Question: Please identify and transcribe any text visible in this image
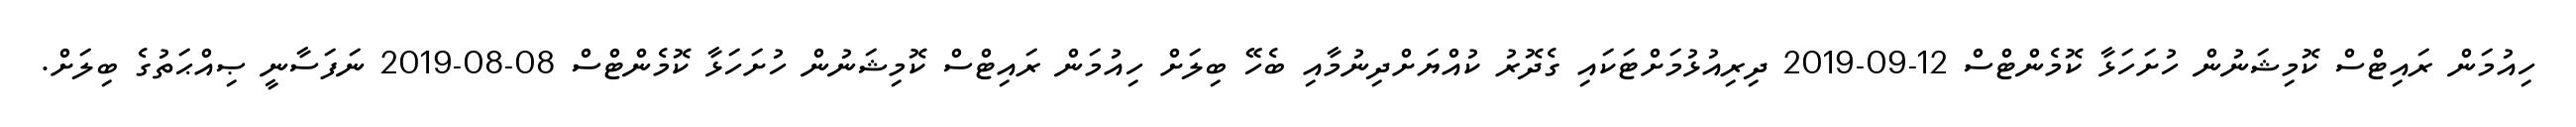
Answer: ހިއުމަން ރައިޓްސް ކޮމިޝަނުން ހުށަހަޅާ ކޮމެންޓްސް 12-09-2019 ދިރިއުޅުމަށްޓަކައި ގެދޮރު ކުއްޔަށްދިނުމާއި ބެހޭ ބިލަށް ހިއުމަން ރައިޓްސް ކޮމިޝަނުން ހުށަހަޅާ ކޮމެންޓްސް 08-08-2019 ނަފަސާނީ ޞިއްޙަތުގެ ބިލަށް.